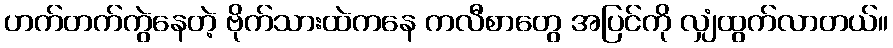
ဟက်တက်ကွဲနေတဲ့ ဗိုက်သားထဲကနေ ကလီစာတွေ အပြင်ကို လျှံထွက်လာတယ်။